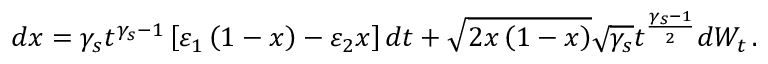
d x = \gamma _ { s } t ^ { \gamma _ { s } - 1 } \left[ \varepsilon _ { 1 } \left( 1 - x \right) - \varepsilon _ { 2 } x \right] d t + \sqrt { 2 x \left( 1 - x \right) } \sqrt { \gamma _ { s } } t ^ { \frac { \gamma _ { s } - 1 } { 2 } } d W _ { t } \, .